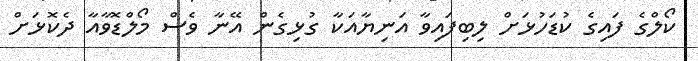
ކޯލްގެ ފައިގެ ކުޑަހުޅަށް ލިބިފައިވާ އަނިޔާއަކާ ގުޅިގެން އޭނާ ވެސް މޯލްޑޮވާއާ ދެކޮޅަށް